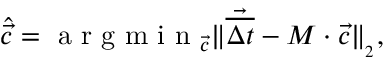
\hat { \vec { c } } = \mathrm { ~ a ~ r ~ g ~ m ~ i ~ n ~ } _ { \vec { c } } \| \vec { \overline { { \Delta t } } } - \boldsymbol { M } \cdot \vec { c } \| _ { _ 2 } ,